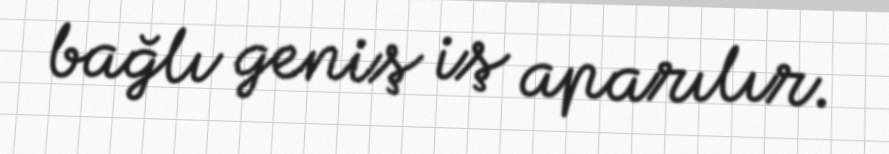
bağlı geniş iş aparılır.